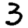
Digit: 3